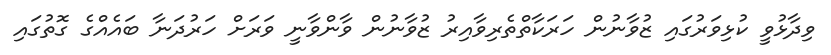
ވިދާޅުވީ ކުޅިވަރުގައި ޒުވާނުން ހަރަކާތްތެރިވާއިރު ޒުވާނުން ވާންވާނީ ވަރަށް ހަރުދަނާ ބައެއްގެ ގޮތުގައި